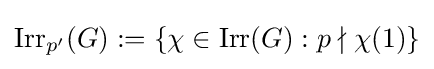
{\textrm {Irr}}_{p'}(G):=\{\chi \in {\textrm {Irr}}(G):p\nmid \chi (1)\}